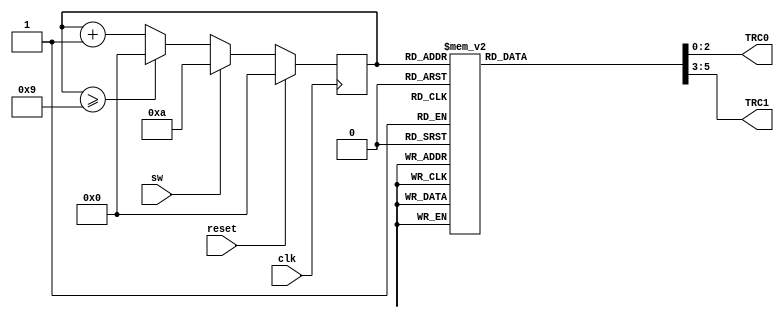
module TRC11 (clk,reset,sw,TRC0,TRC1);
input clk,reset,sw;
output [2:0]TRC0,TRC1;
reg[3:0]ns,cs;
reg[2:0]TRC0,TRC1;

always@(posedge clk)
 cs<=ns;
always@(cs or reset or sw)
 if(reset)
  ns<=4'd0;
 else 
  if(sw)
   ns<=4'd10; 
  else
   if(cs>=9)
	 ns<=4'd0;
	else
	ns<=cs+1;
always@(cs)
	case(cs)
		4'd0:begin
       TRC0<=3'b001;
		 TRC1<=3'b100;
		end
		4'd1:begin
       TRC0<=3'b001;
		 TRC1<=3'b100;
		end
		4'd2:begin
       TRC0<=3'b001;
		 TRC1<=3'b100;
		end
		4'd3:begin
       TRC0<=3'b001;
		 TRC1<=3'b010;
		end
		4'd4:begin
       TRC0<=3'b100;
		 TRC1<=3'b001;
		end
		4'd5:begin
       TRC0<=3'b100;
		 TRC1<=3'b001;
		end
		4'd6:begin
       TRC0<=3'b100;
		 TRC1<=3'b001;
		end
		4'd7:begin
       TRC0<=3'b100;
		 TRC1<=3'b001;
		end
		4'd8:begin
       TRC0<=3'b100;
		 TRC1<=3'b001;
		end
		4'd9:begin
       TRC0<=3'b010;
		 TRC1<=3'b001;
		end
	default:begin
		 TRC0<=3'b000;
		 TRC1<=3'b000;
		end	
   endcase
endmodule